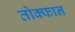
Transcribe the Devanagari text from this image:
तोक्फान